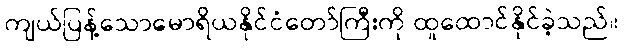
ကျယ်ပြန့်သောမောရိယနိုင်ငံတော်ကြီးကို ထူထောင်နိုင်ခဲ့သည်။